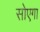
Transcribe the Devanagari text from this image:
सोएगा